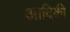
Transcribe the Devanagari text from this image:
आदिकी